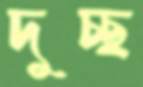
দুচ্ছ